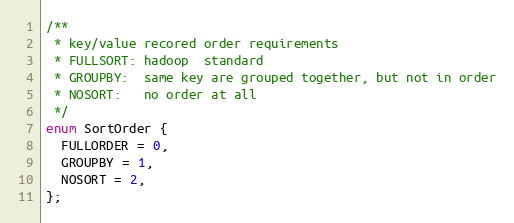
Language: C
/**
 * key/value recored order requirements
 * FULLSORT: hadoop  standard
 * GROUPBY:  same key are grouped together, but not in order
 * NOSORT:   no order at all
 */
enum SortOrder {
  FULLORDER = 0,
  GROUPBY = 1,
  NOSORT = 2,
};